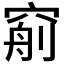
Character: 𥦧